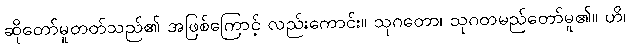
ဆိုတော်မူတတ်သည်၏ အဖြစ်ကြောင့် လည်းကောင်း။ သုဂတော၊ သုဂတမည်တော်မူ၏။ ဟိ၊